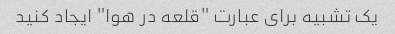
یک تشبیه برای عبارت "قلعه در هوا" ایجاد کنید